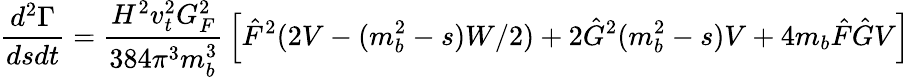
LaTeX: {\frac{d^{2}\Gamma}{dsdt}}={\frac{H^{2}v_{t}^{2}G_{F}^{2}}{384\pi^{3}m_{b}^{3}}}\left[\hat{F}^{2}(2V-(m_{b}^{2}-s)W/2)+2\hat{G}^{2}(m_{b}^{2}-s)V+4m_{b}\hat{F}\hat{G}V\right]